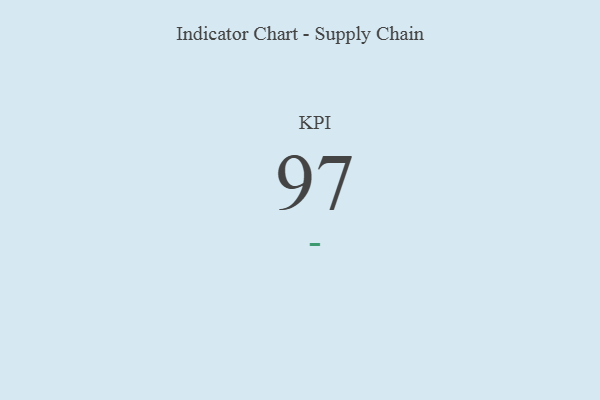
{"axis": {"x": "KPI", "y": "Value"}, "legend": [""], "data": [{"x": "KPI", "y": 97, "type": ""}]}